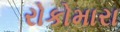
રોકોમારા